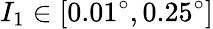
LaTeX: I_{1}\in[0.01^{\circ},0.25^{\circ}]